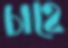
চাহে